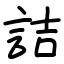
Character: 詰